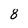
Character: 8